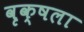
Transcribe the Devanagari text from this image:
वृक्षला